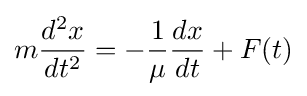
m{\frac {d^{2}x}{dt^{2}}}=-{\frac {1}{\mu }}{\frac {dx}{dt}}+F(t)